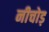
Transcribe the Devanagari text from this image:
नीचोड़